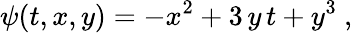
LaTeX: \psi(t,x,y)=-x^{2}+3\, y\, t+y^{3}\ ,